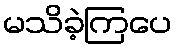
မသိခဲ့ကြပေ